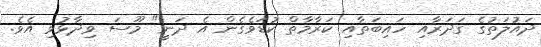
ދައުލަތުގެ ގަދަރާއި ހައިބަތާއި ކަރާމާތް ކުޑަވެގެން އެ ދަނީ" މޫސަ ވިދާޅުވި އެވެ.